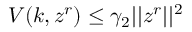
V ( k , z ^ { r } ) \leq \gamma _ { 2 } \lvert | z ^ { r } \rvert | ^ { 2 }